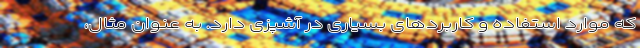
که موارد استفاده و کاربردهای بسیاری در آشپزی دارد. به عنوان مثال،